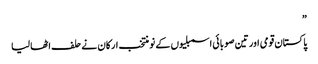
”
پاکستان قومی اور تین صوبائی اسمبلیوں کے نو منتخب ارکان نے حلف اٹھا لیا